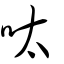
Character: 呔